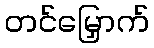
တင်မြှောက်